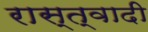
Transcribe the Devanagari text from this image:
रास्त्वादी